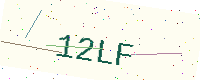
Text: 12LF